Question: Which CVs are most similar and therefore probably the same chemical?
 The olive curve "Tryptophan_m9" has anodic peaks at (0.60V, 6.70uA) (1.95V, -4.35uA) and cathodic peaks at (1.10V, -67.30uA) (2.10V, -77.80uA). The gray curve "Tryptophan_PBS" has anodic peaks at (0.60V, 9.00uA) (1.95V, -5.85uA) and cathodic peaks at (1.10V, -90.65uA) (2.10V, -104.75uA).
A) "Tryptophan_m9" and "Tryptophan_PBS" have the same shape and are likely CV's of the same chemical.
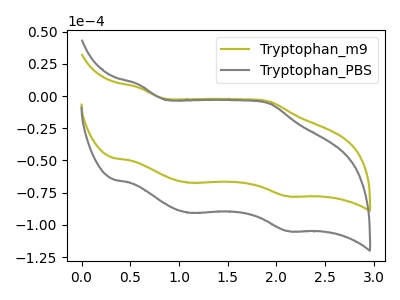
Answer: <think>All the peaks in "Tryptophan_m9" have a peak in "Tryptophan_PBS" at the same potential.
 </think>
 <answer>A) "Tryptophan_m9" and "Tryptophan_PBS" have the same shape and are likely CV's of the same chemical.</answer>
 <eval>A</eval>